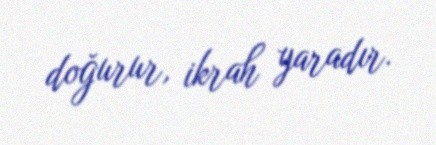
doğurur, ikrah yaradır.